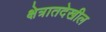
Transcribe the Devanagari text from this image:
क्षेत्रातदेखील